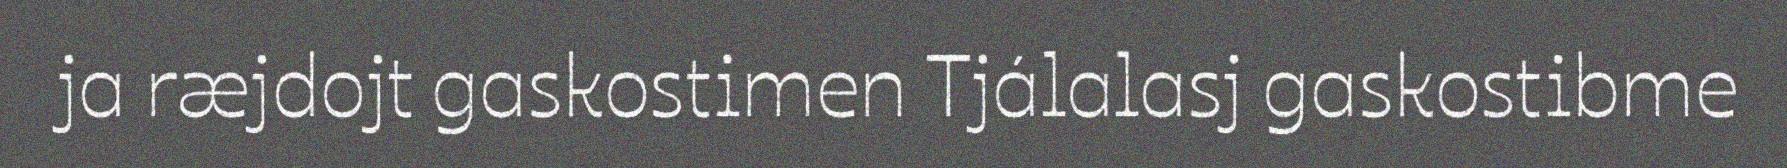
ja ræjdojt gaskostimen Tjálalasj gaskostibme